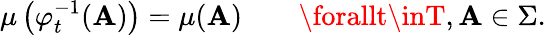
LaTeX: \mu\left(\varphi_{t}^{-1}(\mathbf{A})\right)=\mu(\mathbf{A})\qquad\forallt\inT,\mathbf{A}\in\Sigma.